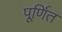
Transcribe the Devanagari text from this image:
पूर्णित